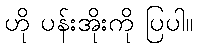
ဟို ပန်းအိုးကို ပြပါ။